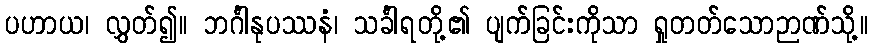
ပဟာယ၊ လွှတ်၍။ ဘင်္ဂါနုပဿနံ၊ သင်္ခါရတို့၏ ပျက်ခြင်းကိုသာ ရှုတတ်သောဉာဏ်သို့။